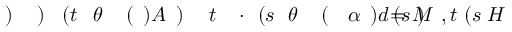
H \! \! \! \! \! \! \! \! \! \! \! \! ( s \! \! \! \! \! \! \! \! \! \! \! \! , t \! \! \! \! \! \! \! \! \! \! \! \! ) \! \! \! \! \! \! \! \! \! \! \! \! = M \! \! \! \! \! \! \! \! \! \! \! \! ( s \! \! \! \! \! \! \! \! \! \! \! \! ) d \! \! \! \! \! \! \! \! \! \! \! \! \alpha \! \! \! \! \! \! \! \! \! \! \! \! ( \! \! \! \! \! \! \! \! \! \! \! \! \theta \! \! \! \! \! \! \! \! \! \! \! \! ( s \! \! \! \! \! \! \! \! \! \! \! \! \cdot \! \! \! \! \! \! \! \! \! \! \! \! t \! \! \! \! \! \! \! \! \! \! \! \! ) \! \! \! \! \! \! \! \! \! \! \! \! ) A \! \! \! \! \! \! \! \! \! \! \! \! ( \! \! \! \! \! \! \! \! \! \! \! \! \theta \! \! \! \! \! \! \! \! \! \! \! \! ( t \! \! \! \! \! \! \! \! \! \! \! \! ) \! \! \! \! \! \! \! \! \! \! \! \! ) \! \! \! \! \! \! \! \! \! \! \!